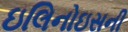
ઇલિનોઇસની